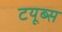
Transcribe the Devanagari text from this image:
टयूब्स